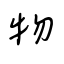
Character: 物